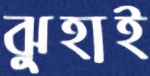
ঝুহাই